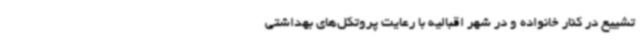
تشییع در کنار خانواده و در شهر اقبالیه با رعایت پروتکل‌های بهداشتی